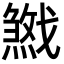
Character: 𢨓